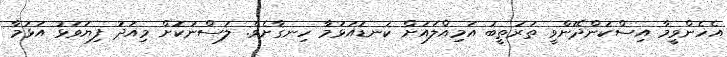
އެހެންވީމާ އިސްކަންދޭންވީ ތަރުތީބު އަމިއްލައަށް ކަނޑައަޅަމާ ހިނގާށެވެ. ލަސްނުކޮށް މިއަދު ފިޔަވަޅު އަޅަމާ